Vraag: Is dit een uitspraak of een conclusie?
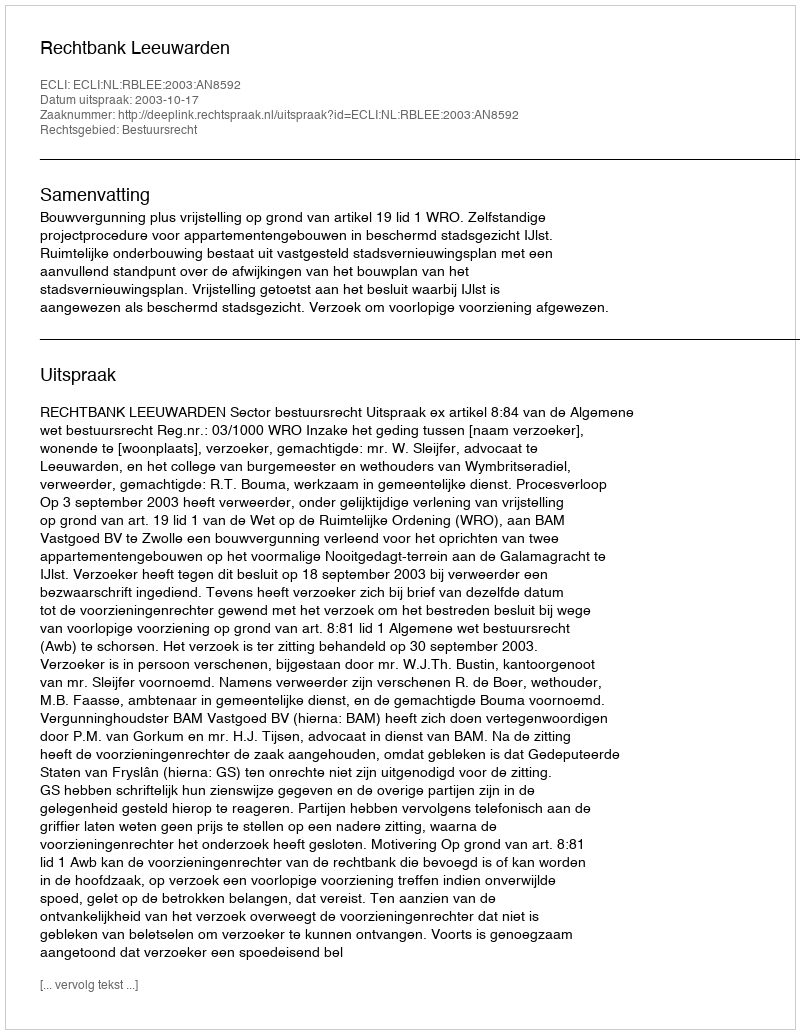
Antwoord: Uitspraak